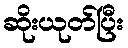
ဆိုးယုတ်ပြီး